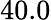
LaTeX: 40.0